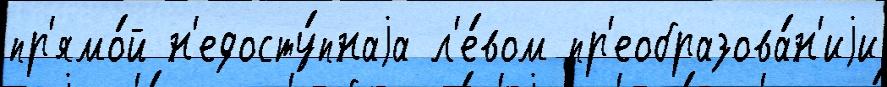
пр'ямо́й н'едосту́пнаjа л'е́вом пр'еобразова́н'иjи